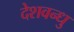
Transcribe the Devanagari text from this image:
देशवन्धु